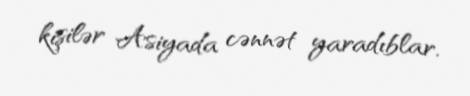
kişilər Asiyada cənnət yaradıblar.